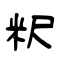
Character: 粎